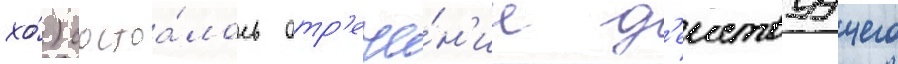
хо́) состоа́лось отр'ече́н'ие д'еиствуущего